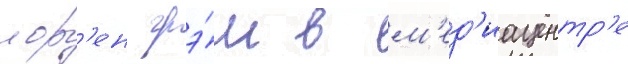
лор'ен грэ́м в м'ед'иацентр'е